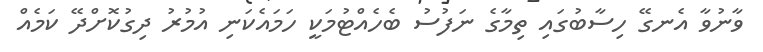
ވާނުވާ އެނގޭ ހިސާބުގައި ތިމާގެ ނަފުސު ބެހެއްޓުމަކީ ހަމައެކަނި އުމުރު ދިގުކޮށްދޭ ކަމެއް